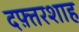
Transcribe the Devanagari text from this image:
दफ़्तरशाह